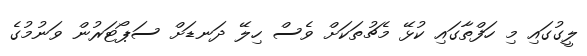
ލީގުގައި މި ހަފްތާގައި ކުޅޭ މެޗުތަކަށް ވެސް ހިލޭ ދަނޑަށް ސަޕޯޓަރުން ވަނުމުގެ